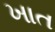
ખાત